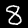
Digit: 8